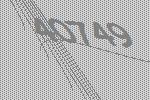
40749